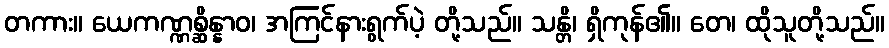
တကား။ ယေကဏ္ဏစ္ဆိန္နာဝ၊ အကြင်နားရွက်ပဲ့ တို့သည်။ သန္တိ၊ ရှိကုန်၏။ တေ၊ ထိုသူတို့သည်။